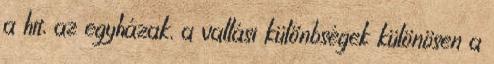
a hit, az egyházak, a vallási különbségek különösen a